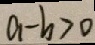
a - b > 0